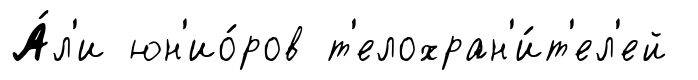
А́л'и юн'ио́ров т'елохран'и́т'ел'ей